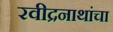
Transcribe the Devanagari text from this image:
रवीद्रनाथांचा